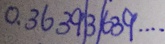
0 . 3 6 3 9 \vert 3 \vert 6 3 9 \cdots